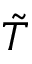
\tilde { T }